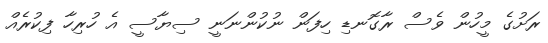
ރަށުގެ މީހުން ވެސް ރާގޮނޑި ހިފަން ނުކުންނަނީ ސިޔާސީ އެ ހުރިހާ ފިކުރެއް